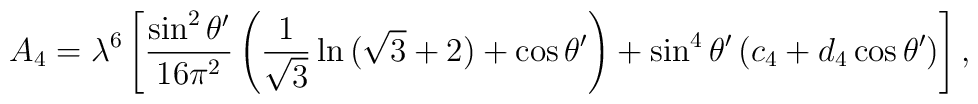
A_4=\lambda^6\left[{\sin^2\theta^\prime\over 16\pi^2}\left({1\over\sqrt{3}}\ln{(\sqrt{3}+2)}+\cos\theta^\prime\right)+\sin^4\theta^\prime\left(c_4+d_4\cos\theta^\prime\right)\right],